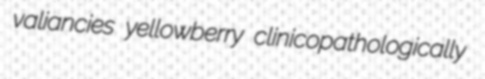
valiancies yellowberry clinicopathologically